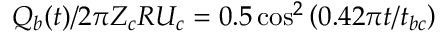
Q _ { b } ( t ) / 2 \pi Z _ { c } R U _ { c } = 0 . 5 \cos ^ { 2 } \left( 0 . 4 2 \pi { t } / { t _ { b c } } \right)